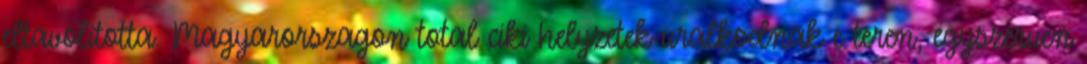
eltavolitotta. Magyarorszagon total ciki helyzetek uralkodnak e teren, egyszeruen